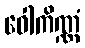
ဝေါကိဏ္ဏံ